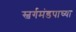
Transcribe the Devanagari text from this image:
स्वर्गमंडपाच्या